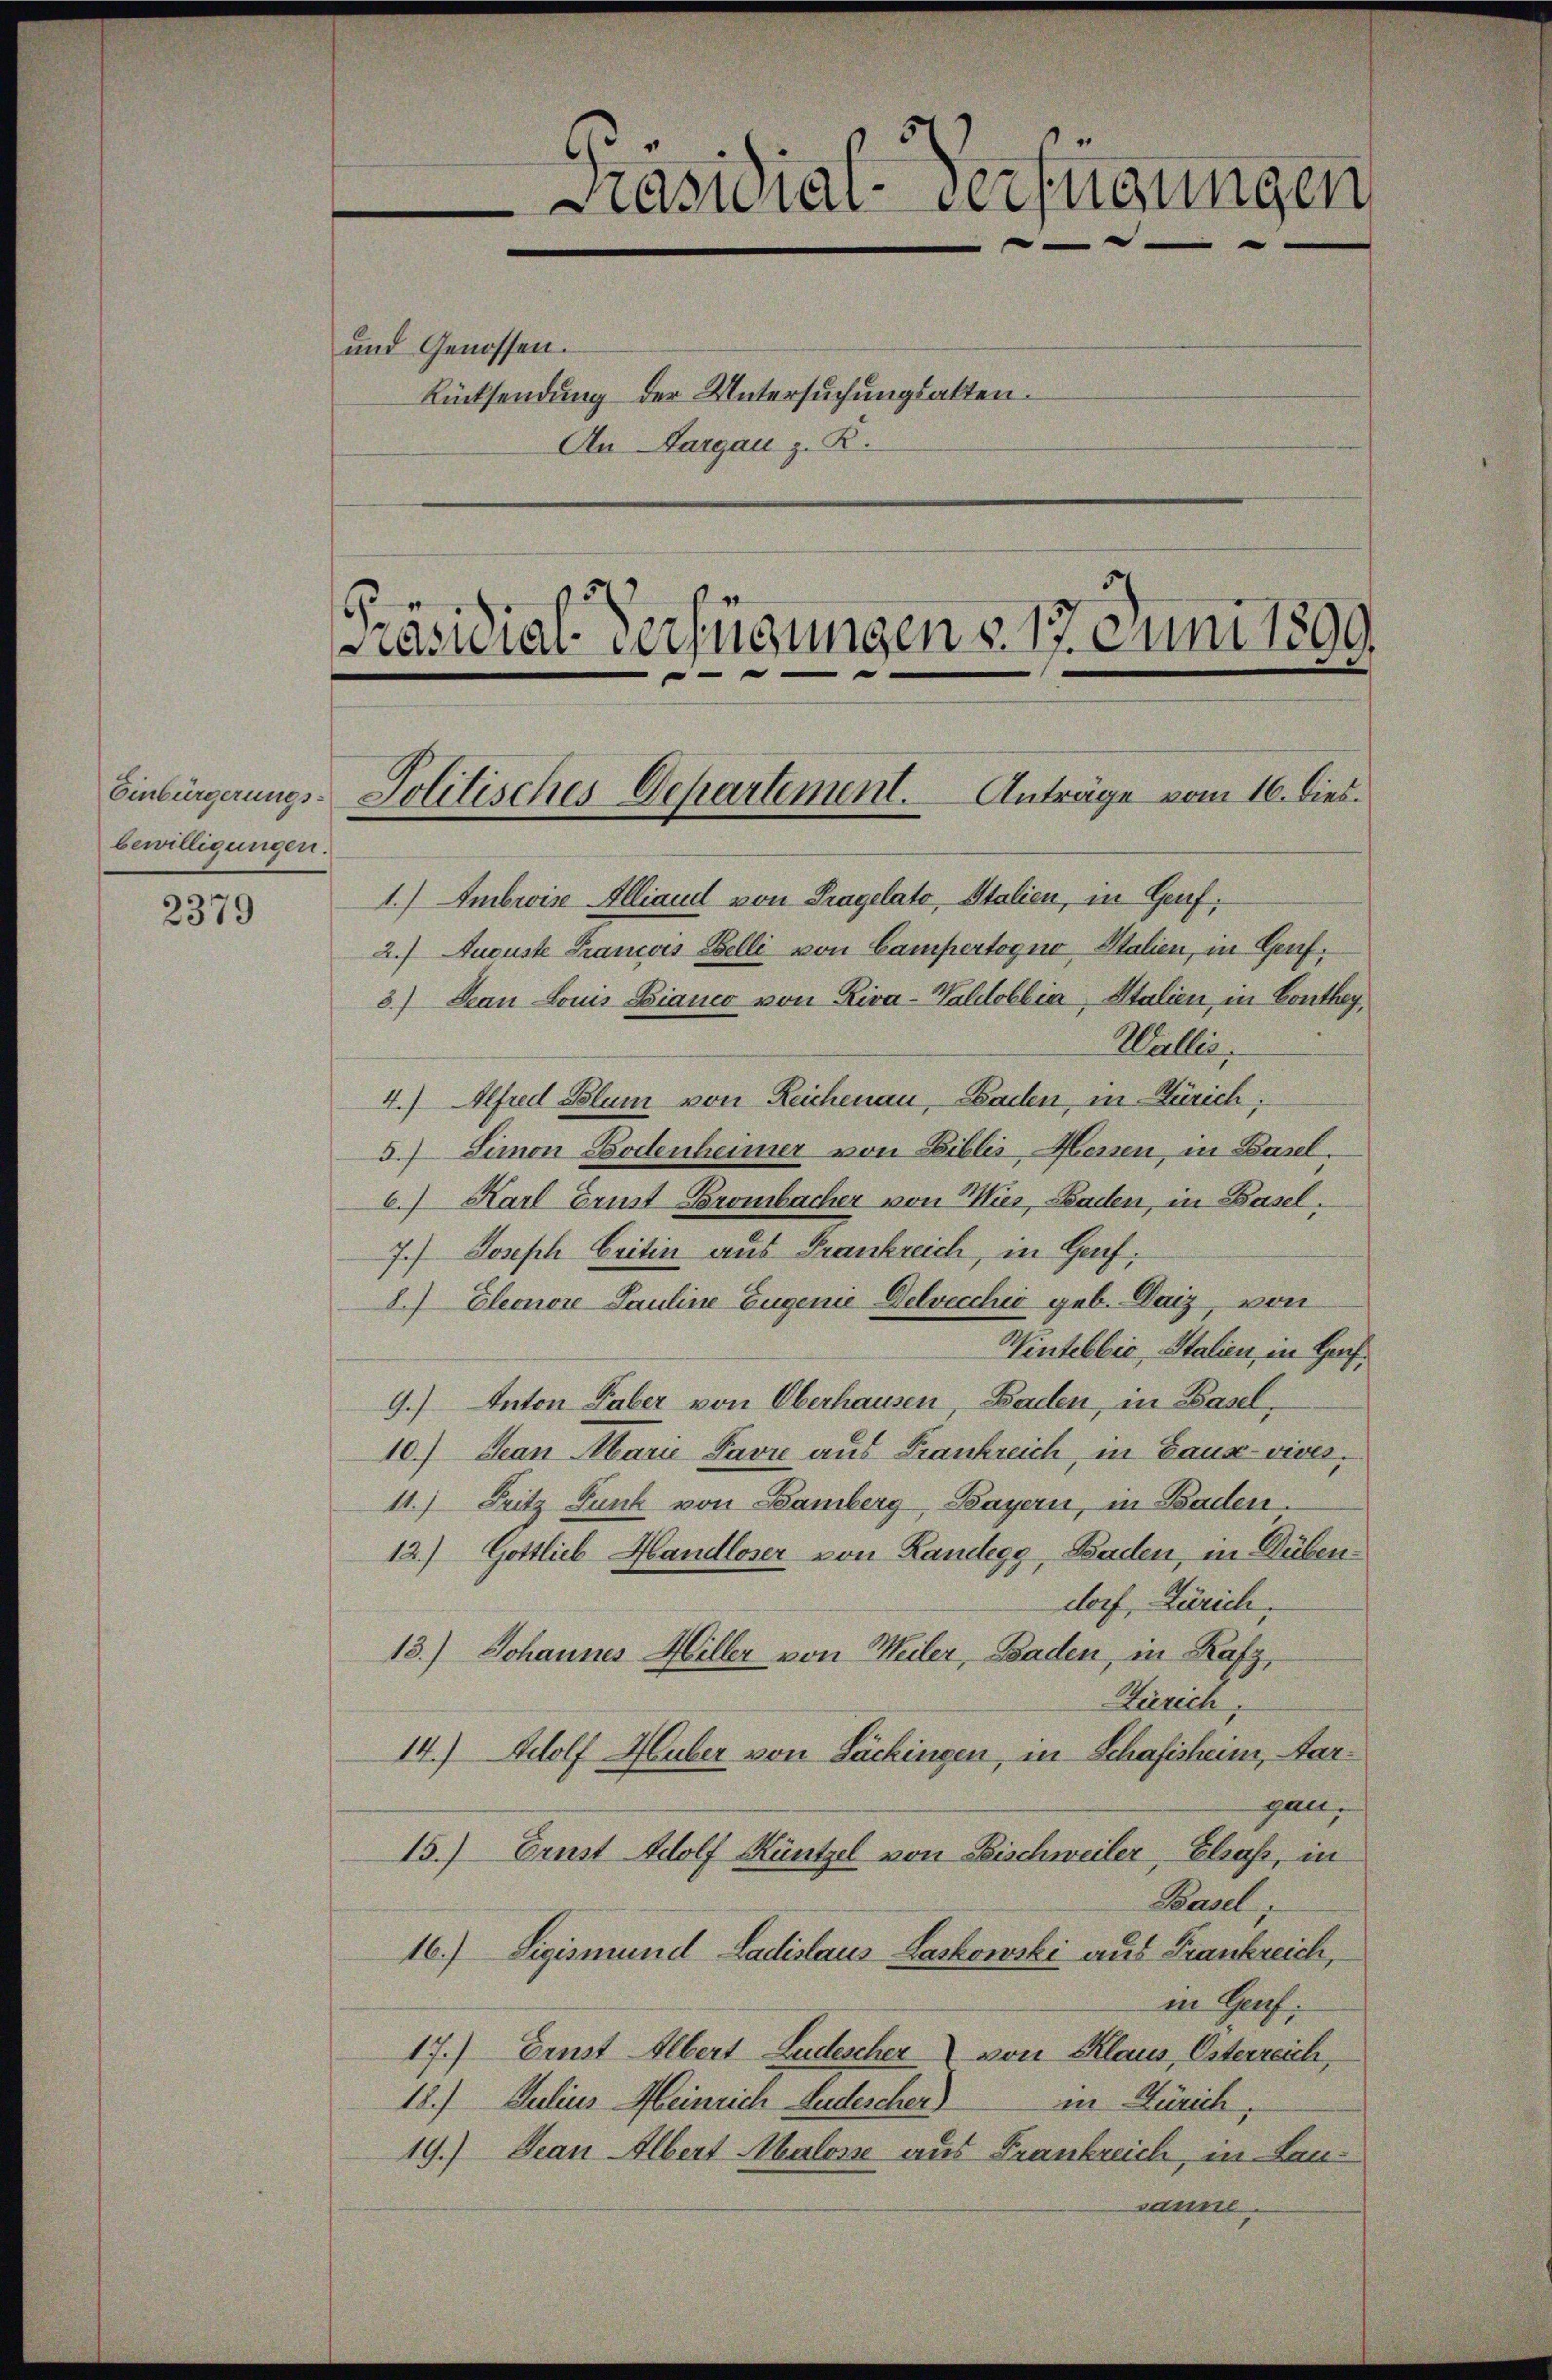
Einbürgerungsbewilligungen.

2379

und Genossen.
Rücksendung der Untersuchungsakten.

An Sargau z. R.

Präsidial-Verfügungen § 17 Juni 1890.
Politisches Departement. Anträge vom 16. dies

1.) Ambris Alliaud von Pragelato, Italien, in Genf,
2.) Aucuste Francois Belli von Campertogno Stalien, in Genf.
3) Jean Louis Bianco von Riva-Waldobbia, Italien, in Conthey,
Wallis,
4.) Alfred Blum von Reichenau, Baden, in Zürich,
57 Limon Bodenheimer von Biblis, Messen, in Basel.
6.) Karl Ernst Brombacher von Mues, Baden, in Basel.
7.) Joseph Critin aus Frankreich, in Genf,
8.) Eleonore Pauline Eugenie Delvecchio geb. Daiz, von
Wintellić, Italien, in Harf.
9.) Anton Taber von Oberhausen, Baden, in Basel,
10.) Jean Marie Pavi aus Frankreich, in Baus-vives,
11.) Fritz Funk von Bamberg Bayern, in Baden.
12.) Gottlieb Handloser von Landegg, Baden, in Dübendorf, Zürich,
13.) Johannes Hiller von Meiler, Baden, in Rafz,
Hierich,
14.) Adolf Huber von Lackingen, in Schaftsheim, Aargan,
15.) Ernst Wolf Küntzel von Fischweiler, Elsaß, in
Pasel,
16.) Sigismund Ladislaus Laskowski aus Frankreich,
in Genf.
17.) Ernst Albert Ludescher von Klaus, Osterreich,
18.) Julius Meinrich Ludescher)
in Zürich,
19.) Jean Albert Malose aus Frankreich, in Lansanne

6
Präsidial-Verfügungen